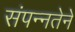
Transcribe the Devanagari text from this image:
संपन्नतेने